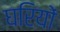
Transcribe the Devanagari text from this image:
घरियों